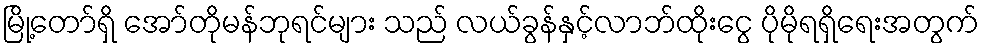
မြို့တော်ရှိ အော်တိုမန်ဘုရင်များ သည် လယ်ခွန်နှင့်လာဘ်ထိုးငွေ ပိုမိုရရှိရေးအတွက်